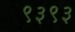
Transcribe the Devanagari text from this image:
९३९३